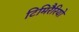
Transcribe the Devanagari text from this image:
टिमिरैरियो